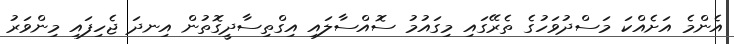
އެންމެ އަށެއްކަ މަސްދުވަހުގެ ތެރޭގައި މިގައުމު ސޮއްސާލައި އިގްތިސާދީގޮތުން އިނދަ ޖެހިފައި މިންވަރު